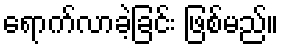
ရောက်လာခဲ့ခြင်း ဖြစ်မည်။